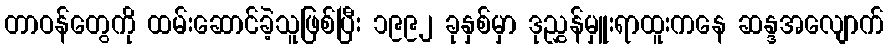
တာဝန်တွေကို ထမ်းဆောင်ခဲ့သူဖြစ်ပြီး ၁၉၉၂ ခုနှစ်မှာ ဒုညွှန်မှူးရာထူးကနေ ဆန္ဒအလျောက်